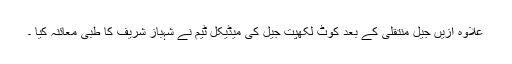
علاوہ ازیں جیل منتقلی کے بعد کوٹ لکھپت جیل کی میڈیکل ٹیم نے شہباز شریف کا طبی معائنہ کیا ۔